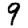
Digit: 9